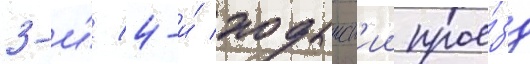
3-и́/ 4-и́ ходынск'ии прое́зд